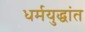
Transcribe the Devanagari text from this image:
धर्मयुद्धांत